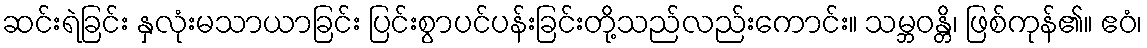
ဆင်းရဲခြင်း နှလုံးမသာယာခြင်း ပြင်းစွာပင်ပန်းခြင်းတို့သည်လည်းကောင်း။ သမ္ဘဝန္တိ၊ ဖြစ်ကုန်၏။ ဧဝံ၊